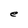
Character: e